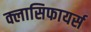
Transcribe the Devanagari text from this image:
क्लासिफायर्स